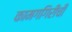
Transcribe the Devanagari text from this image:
कामगगिरीची